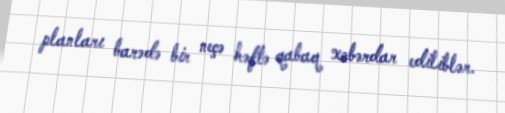
planları barədə bir neçə həftə qabaq xəbərdar ediliblər.